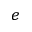
^ e